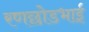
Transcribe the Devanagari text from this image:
रणछोडभाई